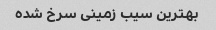
بهترین‌ سیب زمینی سرخ شده